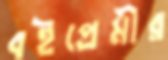
বইপ্রেমীর